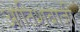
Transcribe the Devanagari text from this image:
आतिशबाज़ीे